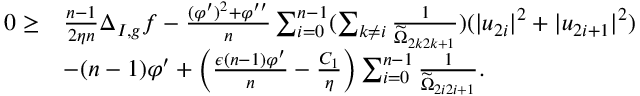
\begin{array} { r l } { 0 \geq } & { \frac { n - 1 } { 2 \eta n } \Delta _ { I , g } f - \frac { ( \varphi ^ { \prime } ) ^ { 2 } + \varphi ^ { \prime \prime } } { n } \sum _ { i = 0 } ^ { n - 1 } ( \sum _ { k \neq i } \frac { 1 } { \widetilde { \Omega } _ { 2 k 2 k + 1 } } ) ( | u _ { 2 i } | ^ { 2 } + | u _ { 2 i + 1 } | ^ { 2 } ) } \\ & { - ( n - 1 ) \varphi ^ { \prime } + \left( \frac { \epsilon ( n - 1 ) \varphi ^ { \prime } } { n } - \frac { C _ { 1 } } { \eta } \right) \sum _ { i = 0 } ^ { n - 1 } \frac { 1 } { \widetilde { \Omega } _ { 2 i 2 i + 1 } } . } \end{array}